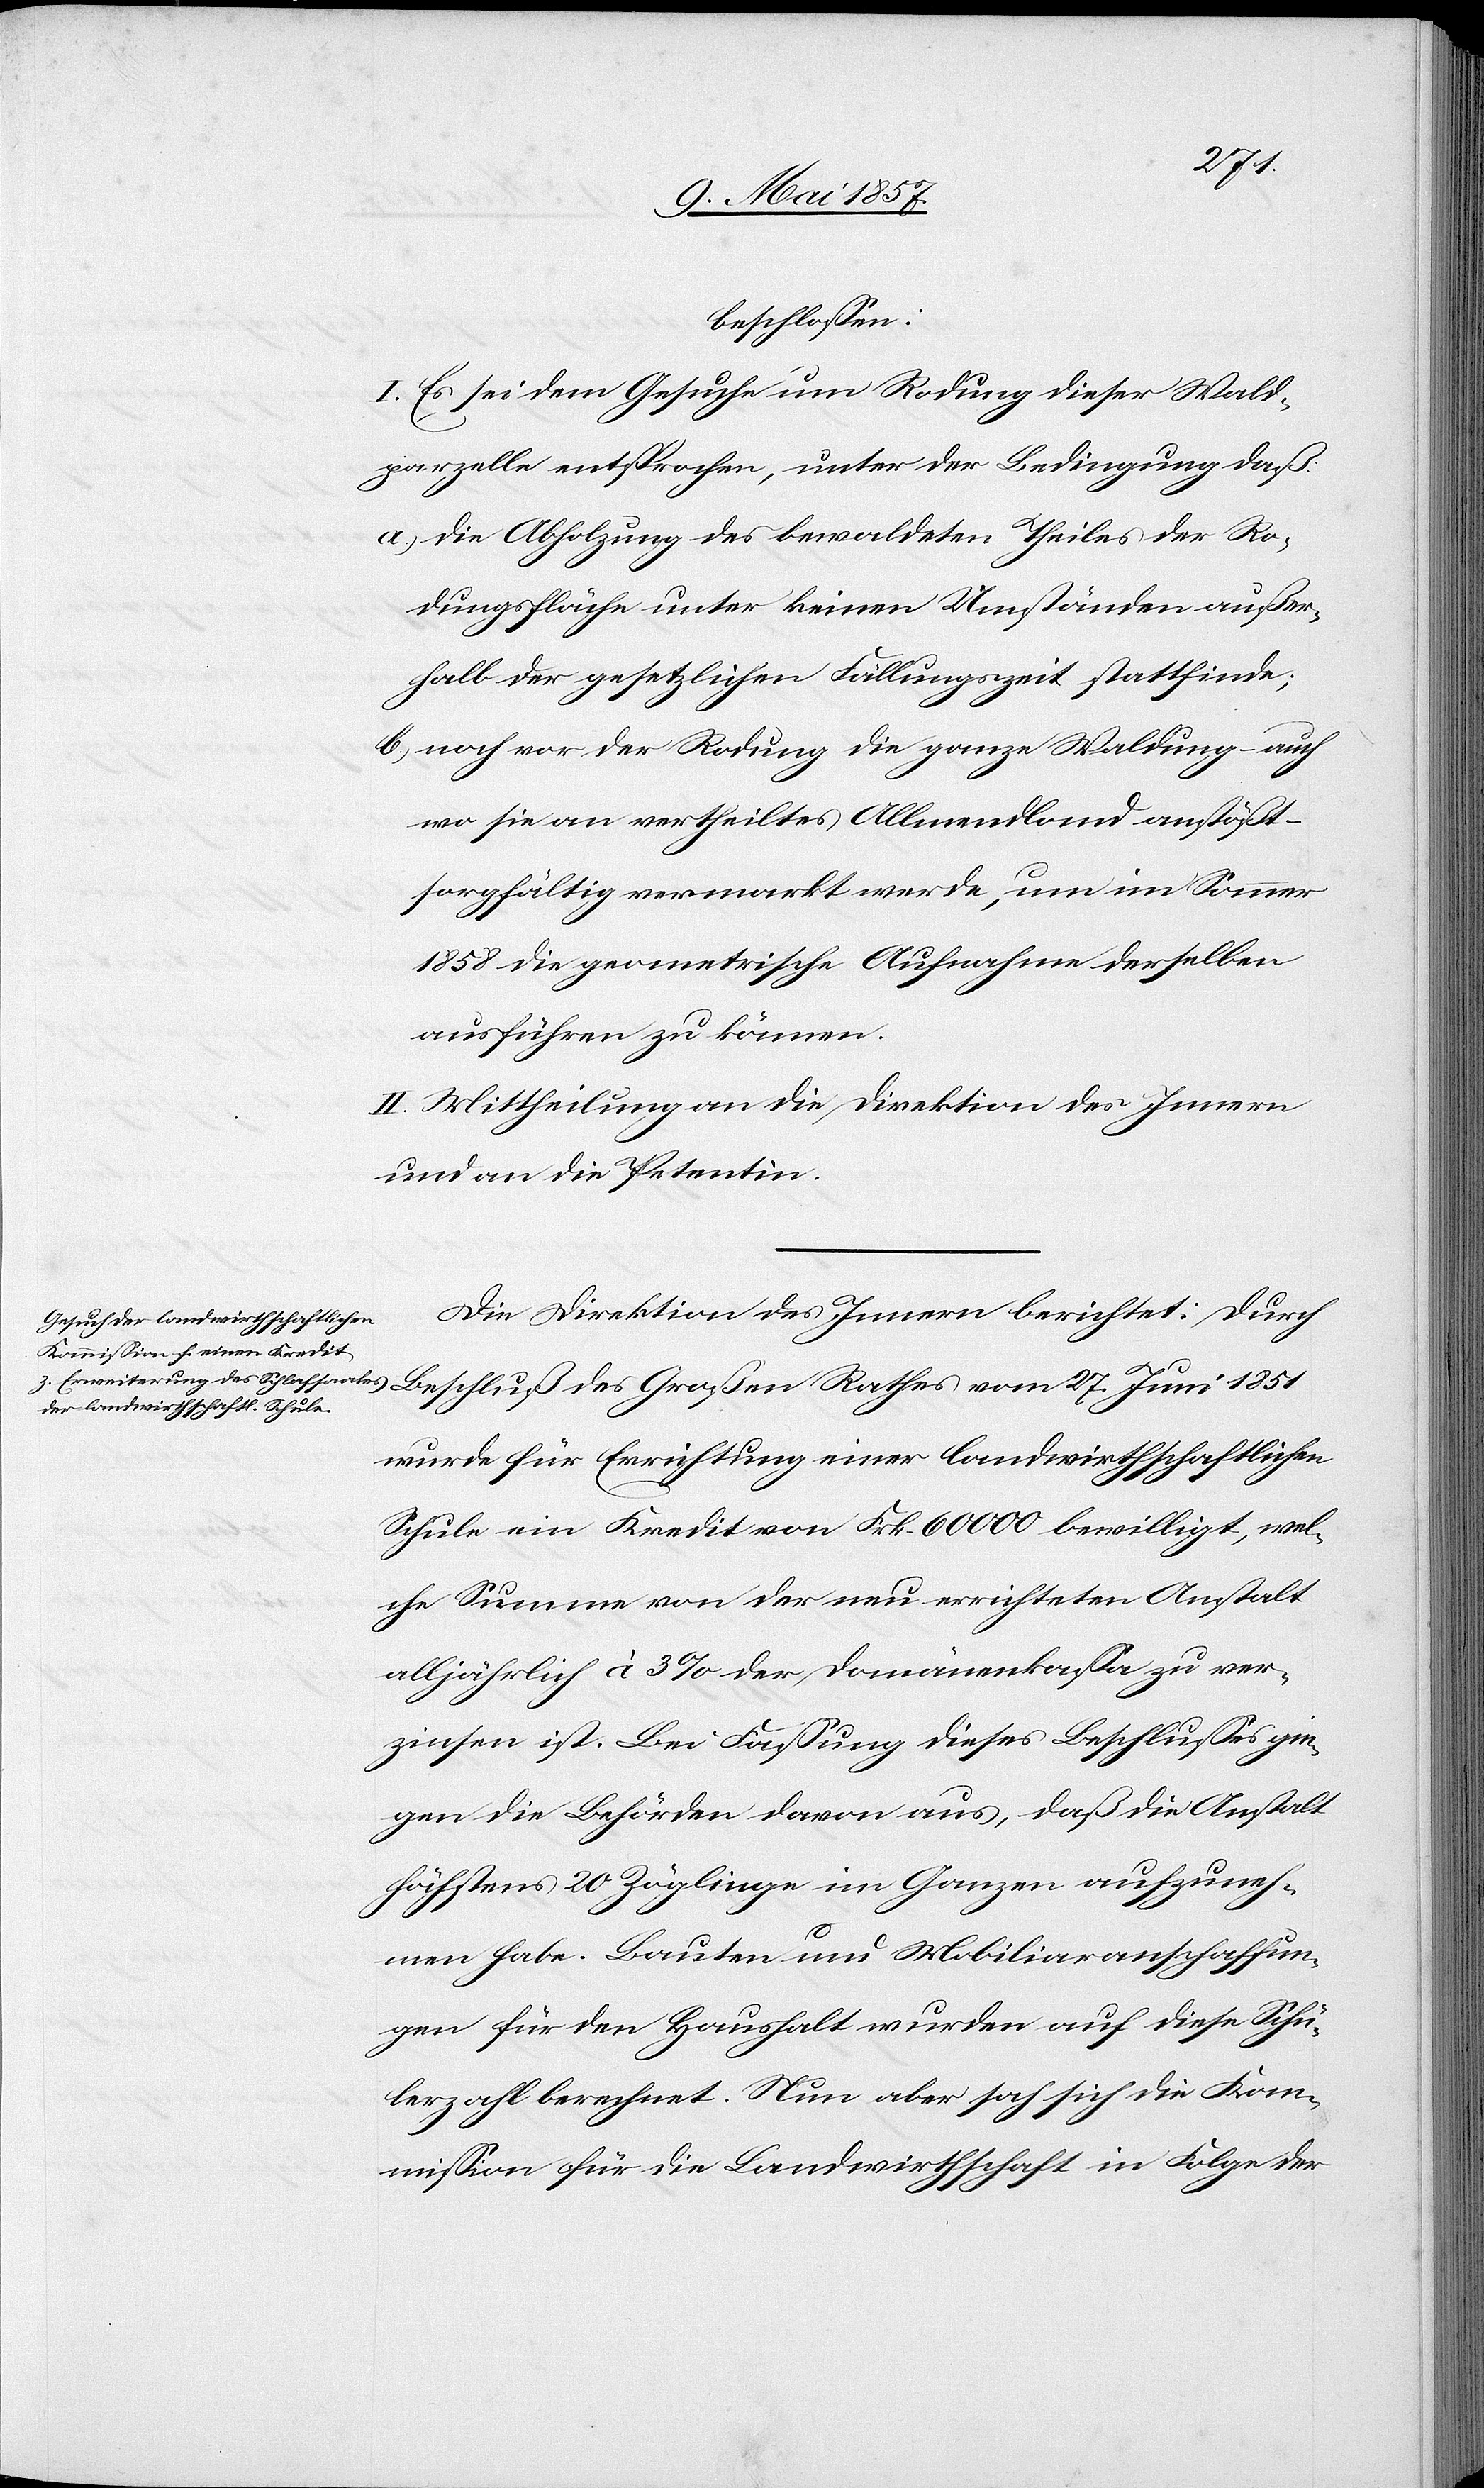
27
beschlossen:
I. Es sei dem Gesuche um Rodung dieser Wald¬
parzelle entsprochen, unter der Bedingung daß
a.) die Abholzung des bewaldeten Theiles der Ro¬
dungsfläche unter keinen Umständen außer¬
halb der gesetzlichen Fällungszeit stattfinde;
b) noch vor der Rodung die ganze Waldung – auch
wo sie an vertheiltes Allmendland anstößt
sorgfältig vermarkt werde, um im Sommer
1858 die prometrische Aufnahme derselben
ausführen zu können.
II. Mittheilung an die Direktion des Innern
und an die Petentin.
Die Direktion des Innern berichtet: durch
wurde für Errichtung einer landwirthschaftlichen
Schule ein Kredit von Frk. 60 000 bewilligt, wel¬
che Summe von der neu errichteten Anstalt
alljährlich à 3% der Domänenkassa zu ver¬
zinsen ist. Bei Faßung dieses Beschlusses gin¬
gen die Behörden davon aus, daß die Anstalt
höchstens 20 Zöglinge im Ganzen aufzuneh¬
men habe. Bauten und Mobiliaranschaffun¬
gen für den Haushalt wurden auf diese Schü¬
lerzahl berechnet. Nun aber sah sich die Kom¬
mission für die Landwirthschaft in Folge der